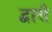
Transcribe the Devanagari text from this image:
द्वारौ